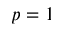
p = 1